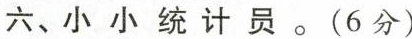
六、小小统计员。(6分)